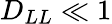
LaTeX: D_{LL}\ll 1